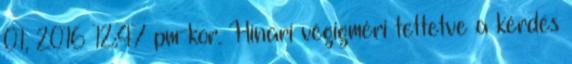
01, 2016 12:47 pm-kor. Hinari végigméri tettetve a kérdés